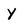
Character: y